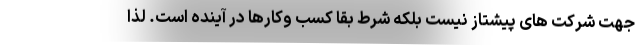
جهت شرکت های پیشتاز نیست بلکه شرط بقا کسب وکارها در آینده است. لذا